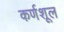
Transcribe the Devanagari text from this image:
कर्णशूल